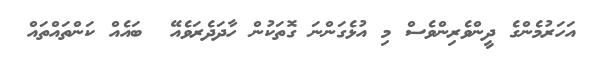
އަހަރުމެންގެ ދީންވެރިންވެސް މި އުޅެގަންނަ ގޮތަކުން ހާދަދެރަވެއޭ  ބައެއް ކަންތައްތައް